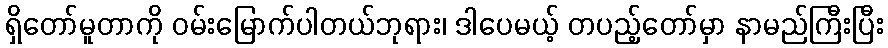
ရှိတော်မူတာကို ဝမ်းမြောက်ပါတယ်ဘုရား၊ ဒါပေမယ့် တပည့်တော်မှာ နာမည်ကြီးပြီး